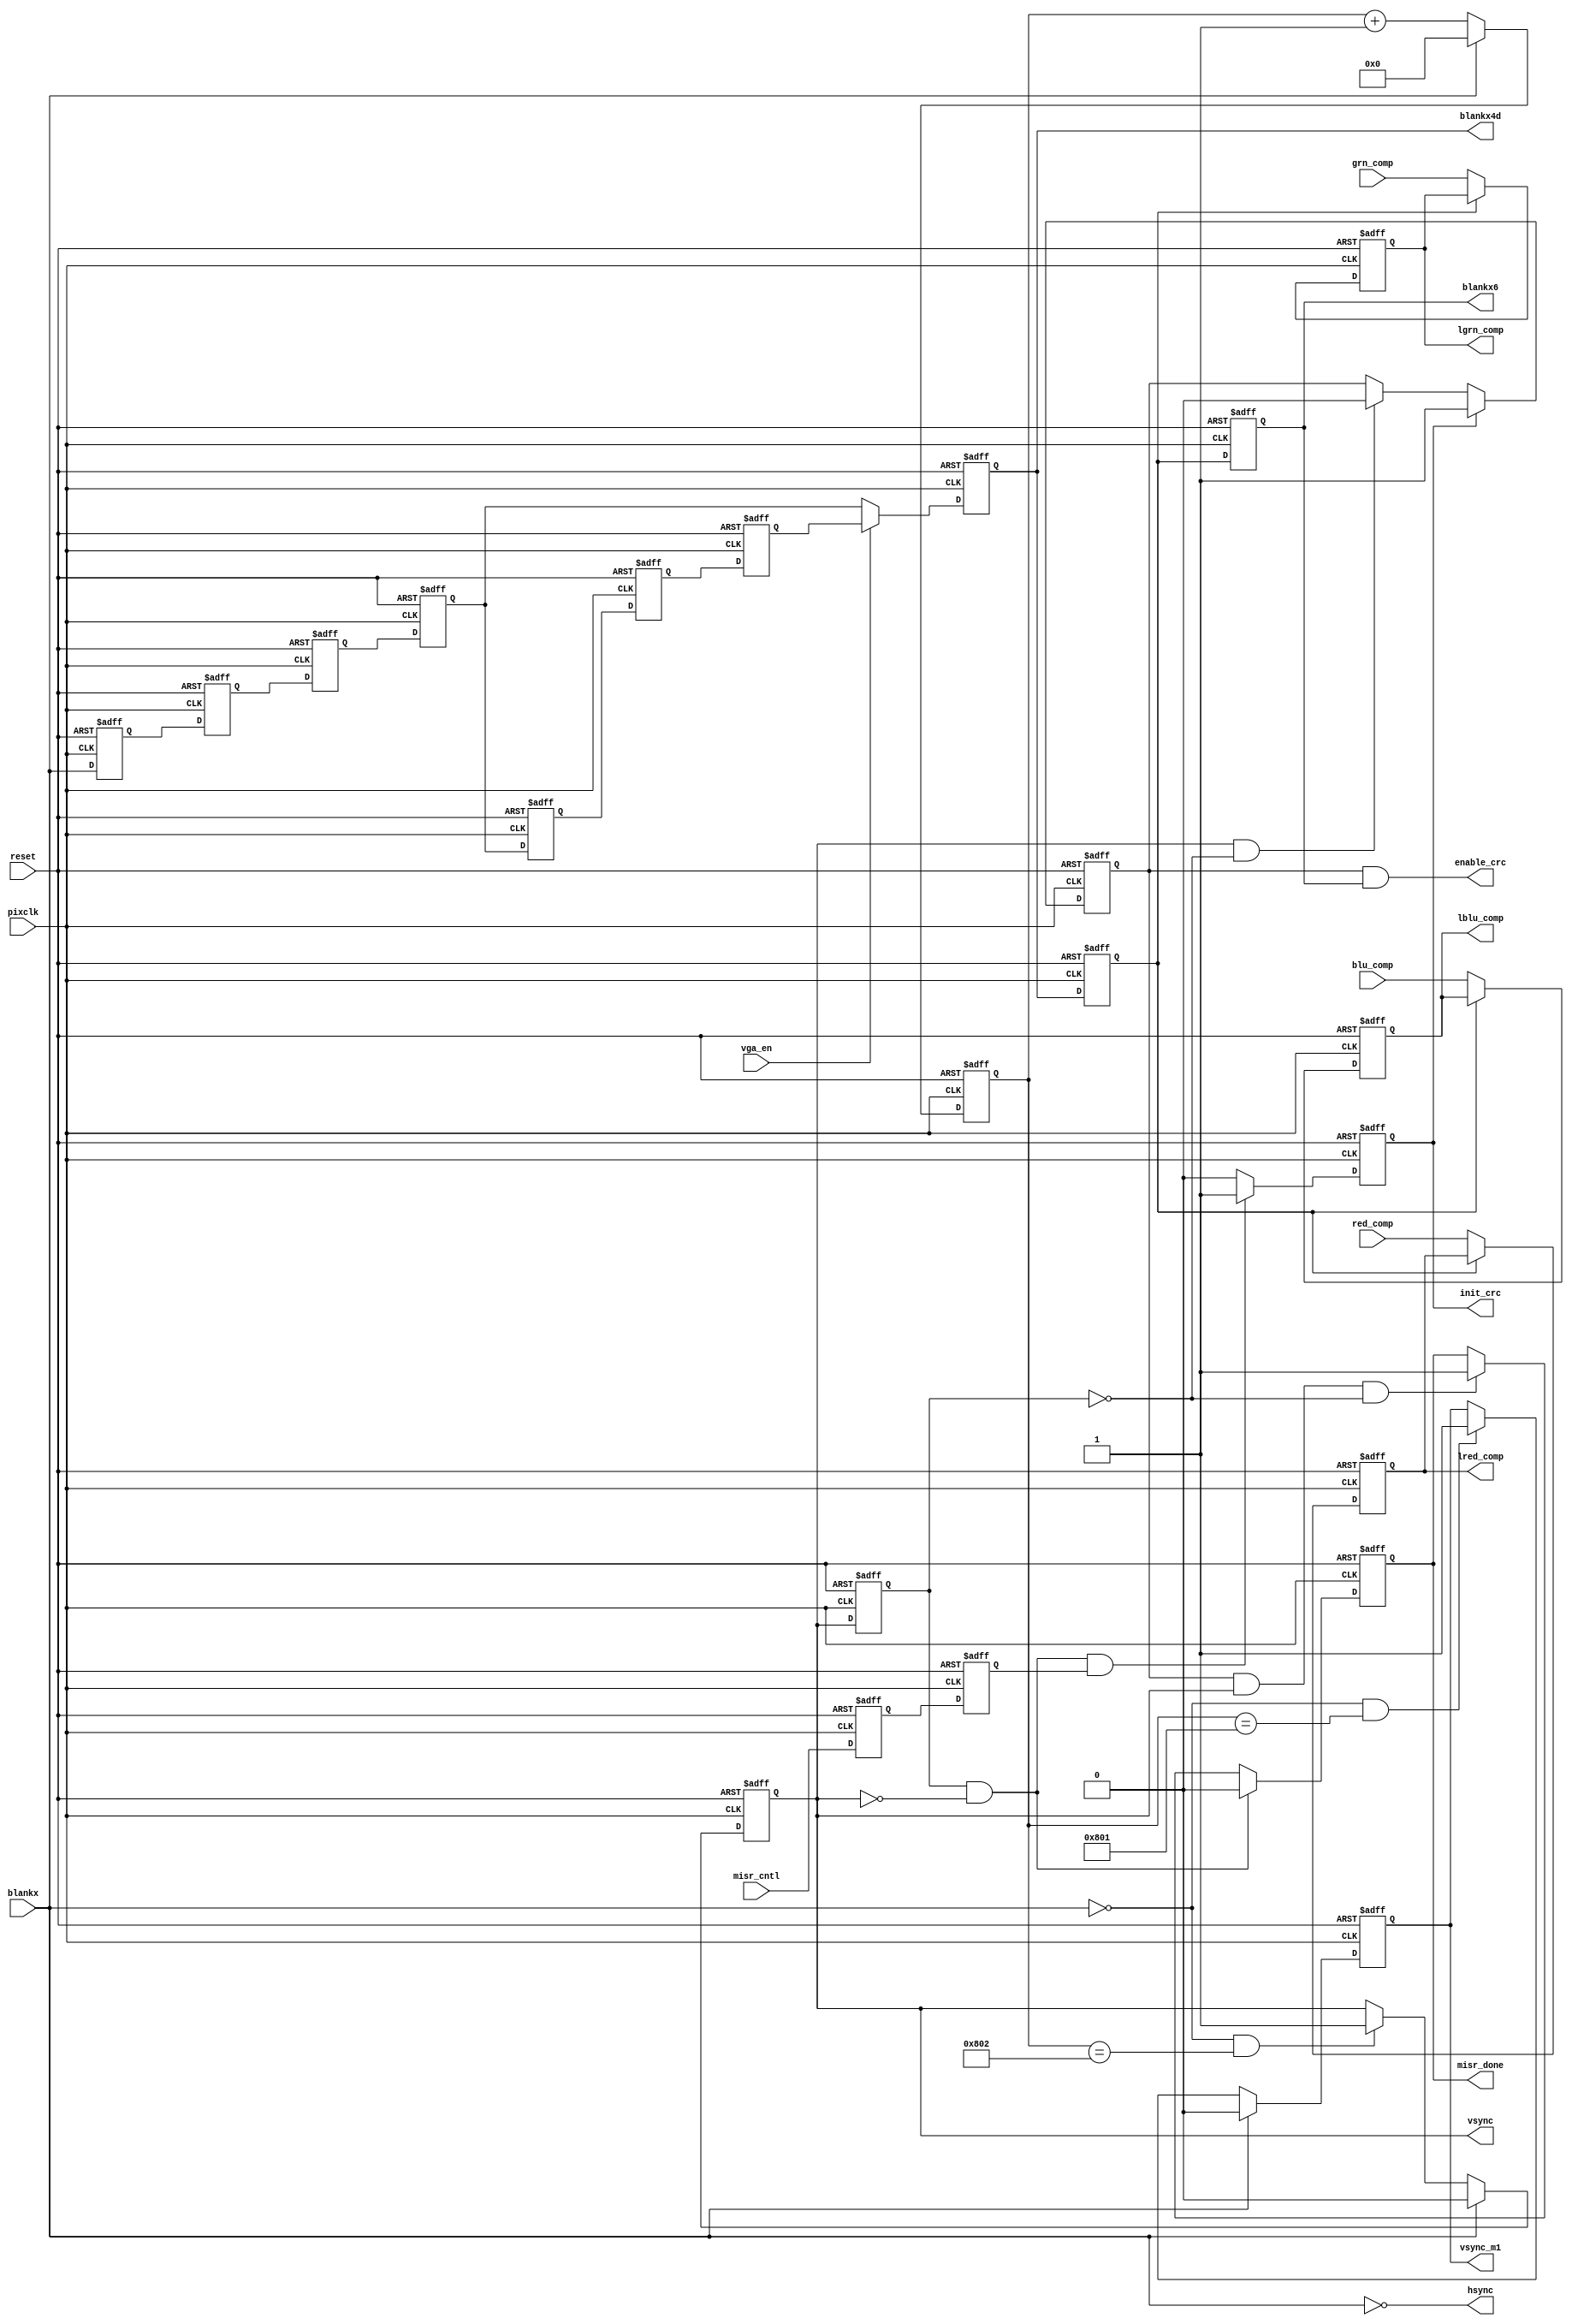
module blnk 
  (
   input		pixclk,
   input                reset,
   input                blankx, 
   input		misr_cntl,
   input		red_comp,
   input		grn_comp,
   input		blu_comp,
   input                vga_en,
   output reg		vsync,
   output		hsync,
   output reg		vsync_m1,
   output reg		misr_done,
   output		enable_crc,
   output reg		init_crc,
   output reg		lred_comp,
   output reg		lgrn_comp,
   output reg		lblu_comp,
   output reg		blankx4d,
   output reg		blankx6
   );
  reg 			blankx5,
			blankx1,
			blankx2, 
			blankx3,
			blankx4,
			blankx4a,
			blankx4b,
			blankx4c,
			enable_crc_i,
			misr_cntl1,
			misr_cntl2,
			vsync1;
  reg [11:0] 		pix_counter;
  assign 		enable_crc = enable_crc_i & blankx6;
  assign 		hsync   = !blankx;
  always @(posedge pixclk or negedge reset)
    if (!reset) begin
      lblu_comp <= 1'b0;
      lgrn_comp <= 1'b0;
      lred_comp <= 1'b0;
    end else if(!blankx5) begin 
      lblu_comp <= blu_comp;
      lgrn_comp <= grn_comp;
      lred_comp <= red_comp;
    end
  always @(posedge pixclk or  negedge reset) begin
    if (!reset) begin
      blankx1 <= 1'b0;
      blankx2 <= 1'b0;
      blankx3 <= 1'b0;
      blankx4 <= 1'b0;
      blankx4a <= 1'b0;
      blankx4b <= 1'b0;
      blankx4c <= 1'b0;
      blankx4d <= 1'b0;
      blankx5 <= 1'b0;
      blankx6 <= 1'b0;
      vsync1 <= 1'b0;
      misr_cntl1 <= 1'b0;
      misr_cntl2 <= 1'b0;
    end else begin
      misr_cntl1 <= misr_cntl;
      misr_cntl2 <= misr_cntl1;
      vsync1  <= vsync;
      blankx1 <= blankx;
      blankx2 <= blankx1;
      blankx3 <= blankx2;
      blankx4 <= blankx3;
      blankx4a <= blankx4;
      blankx4b <= blankx4a;
      blankx4c <= blankx4b;
      blankx4d <= (vga_en) ? blankx4c : blankx4; 
      blankx5 <= blankx4d;
      blankx6 <= blankx5;
    end
  end
  always @(posedge pixclk or negedge reset)
    if (!reset)            pix_counter <= 12'h0;
    else if (blankx  == 1) pix_counter <= 12'h0;  
    else                   pix_counter <= pix_counter + 12'b1; 
  always @(posedge pixclk or negedge reset) begin
    if (!reset) vsync<= 1'b0;
    else if (blankx == 1) vsync <= 1'b0;
    else if ((blankx == 0) & (pix_counter == 12'd2050)) vsync <= 1'b1;
  end
  always @(posedge pixclk or negedge reset) begin
    if (!reset) vsync_m1 <= 1'b0;
    else if (blankx == 1) vsync_m1 <= 1'b0;
    else if ((blankx == 0) & (pix_counter == 12'd2049))vsync_m1 <= 1'b1;
  end
  always @(posedge pixclk or negedge reset) begin
    if (!reset) init_crc <= 1'b0;
    else if (vsync1 & !vsync & misr_cntl2) init_crc <= 1'b1;
    else init_crc <= 1'b0;      
  end
  always @(posedge pixclk or negedge reset) begin
    if (!reset) enable_crc_i <= 1'b0;
    else if (init_crc) enable_crc_i <= 1'b1;
    else if (vsync & !vsync1) enable_crc_i <= 1'b0;
  end
  always @(posedge pixclk or negedge reset) begin
    if (!reset) misr_done <= 1'b0;
    else if (vsync1 & !vsync) misr_done <= 1'b0;
    else if (enable_crc_i & vsync & !vsync1) misr_done <= 1'b1;
  end
endmodule